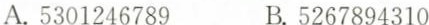
A.5301246789 B.5267894310